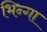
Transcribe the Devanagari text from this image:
भिन्गा